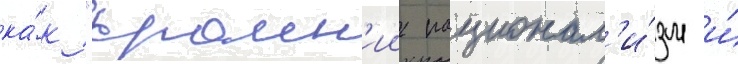
ка́к "краин'ии национал'и́зм и́